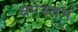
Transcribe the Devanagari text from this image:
धर्मस्तंभ